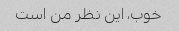
خوب، این نظر من است